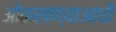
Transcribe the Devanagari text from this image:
ओळखण्याआधी